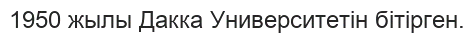
1950 жылы Дакка Университетін бітірген.